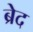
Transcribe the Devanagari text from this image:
ब्रेद